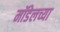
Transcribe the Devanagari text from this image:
मॉडेलच्या